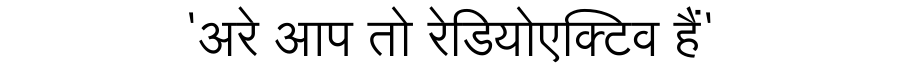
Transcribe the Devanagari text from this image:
'अरे आप तो रेडियोएक्टिव हैं'